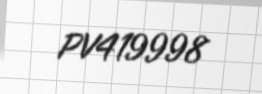
PV419998